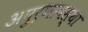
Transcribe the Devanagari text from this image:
अपुर्णावस्था